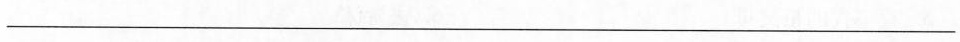
___